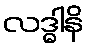
လဒ္ဓါနိ